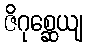
ဇိဂုစ္ဆေယျ